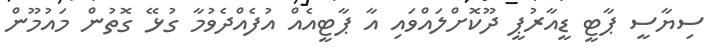
ސިޔާސީ ޕާޓީ ޑީއާރުޕީ ދޫކޮށްލައްވައި އާ ޕާޓީއެއް އުފެއްދެވުމާ ގުޅޭ ގޮތުން މައުމޫން